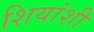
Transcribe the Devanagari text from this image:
शियांशी